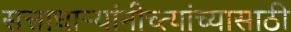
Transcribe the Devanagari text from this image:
सत्ताधार्‍यांनीच्त्यांच्यासाठी